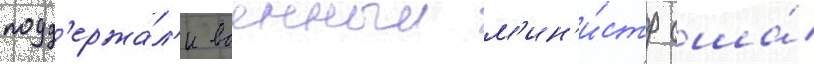
подд'ержа́л'и военныи м'ин'и́стр сша́